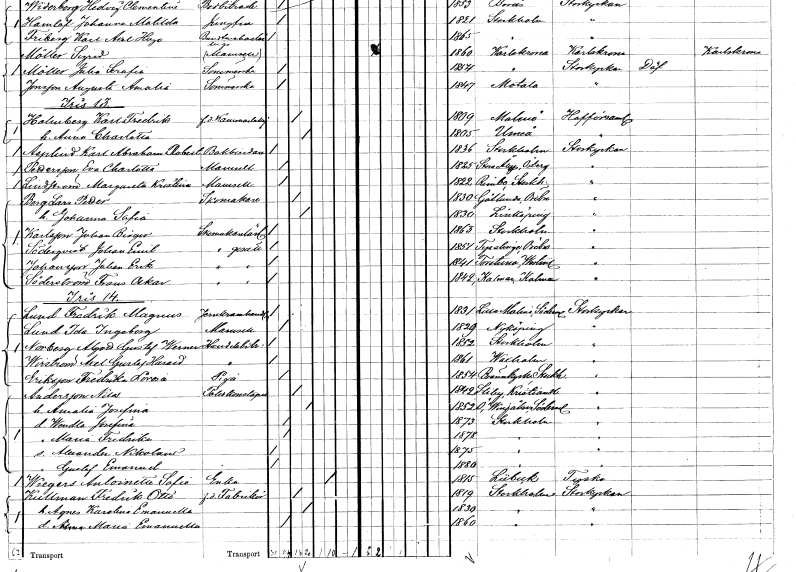
gt_parse: households: individuals: FN: Karl Abraham Robert
EN: Asplund
YRKE: Bokbindare
KON: M
CIV: O
FODAR: 1836
FODFORS: Stockholm
FN: Eva Charlotta
EN: Pettersson
KON: K
CIV: O
FODAR: 1825
FODFORS: Stora Åby Östergötlands län
FN: Margareta Kristina
EN: Lindström
KON: K
CIV: O
FODAR: 1822
FODFORS: Rimbo Stockholms län
FN: Lars Petter
EN: Berg
YRKE: Skomakare
KON: M
CIV: G
FODAR: 1830
FODFORS: Götlunda Västmanlands län
FN: Johanna Sofia
KON: K
CIV: G
FODAR: 1830
FODFORS: Linköping Östergötlands län
FN: Johan Birger
EN: Karlsson
YRKE: Skomakarelärling
KON: M
CIV: O
FODAR: 1863
FODFORS: Stockholm
FN: Johan Emil
EN: Söderqvist
YRKE: Skomakaregesäll
KON: M
CIV: O
FODAR: 1851
FODFORS: Tysslinge Örebro län
FN: Johan Erik
EN: Johansson
YRKE: Skomakaregesäll
KON: M
CIV: O
FODAR: 1841
FODFORS: Torstuna Uppsala län
FN: Frans Oskar
EN: Söderström
YRKE: Skomakaregesäll
KON: M
CIV: O
FODAR: 1842
FODFORS: Kalmar Kalmar län
FN: Fredrik Magnus
EN: Lund
YRKE: Järnkramhandlare
KON: M
CIV: O
FODAR: 1831
FODFORS: Lilla Malma Södermanlands län
FN: Ida Ingeborg
EN: Lund
KON: K
CIV: O
FODAR: 1829
FODFORS: Nyköping Södermanlands län
FN: Alfred Gustaf Werner
EN: Norberg
YRKE: Handelsbiträde
KON: M
CIV: O
FODAR: 1852
FODFORS: Stockholm
FN: Axel Gustaf Harald
EN: Wirström
YRKE: Handelsbiträde
KON: M
CIV: O
FODAR: 1861
FODFORS: Vaxholm Stockholms län
FN: Fredrika Lovisa
EN: Eriksson
YRKE: Piga
KON: K
CIV: O
FODAR: 1854
FODFORS: Brännkyrka Stockholms län
FN: Nilas
EN: Andersson
YRKE: Poliskonstapel
KON: M
CIV: G
FODAR: 1842
FODFORS: Stiby Kristianstads län
FN: Amalia Josefina
KON: K
CIV: G
FODAR: 1852
FODFORS: Östra Vingåker Södermanlands län
FN: Wendla Josefina
KON: K
CIV: O
FODAR: 1873
FODFORS: Stockholm
FN: Maria Fredrika
KON: K
CIV: O
FODAR: 1878
FODFORS: Stockholm
FN: Alexander Nikolaus
KON: M
CIV: O
FODAR: 1875
FODFORS: Stockholm
FN: Gustaf Emanuel
KON: M
CIV: O
FODAR: 1880
FODFORS: Stockholm
FN: Antoinetta Sofia
EN: Wiegers
YRKE: Änka
KON: K
CIV: E
FODAR: 1815
FN: Fredrik Otto
EN: Kullman
YRKE: Fabrikör f.d.
KON: M
CIV: G
FODAR: 1819
FODFORS: Stockholm
FN: Agnes Karolina Emanuella
KON: K
CIV: G
FODAR: 1830
FODFORS: Stockholm
FN: Alma Maria Emanuella
KON: K
CIV: O
FODAR: 1860
FODFORS: Stockholm